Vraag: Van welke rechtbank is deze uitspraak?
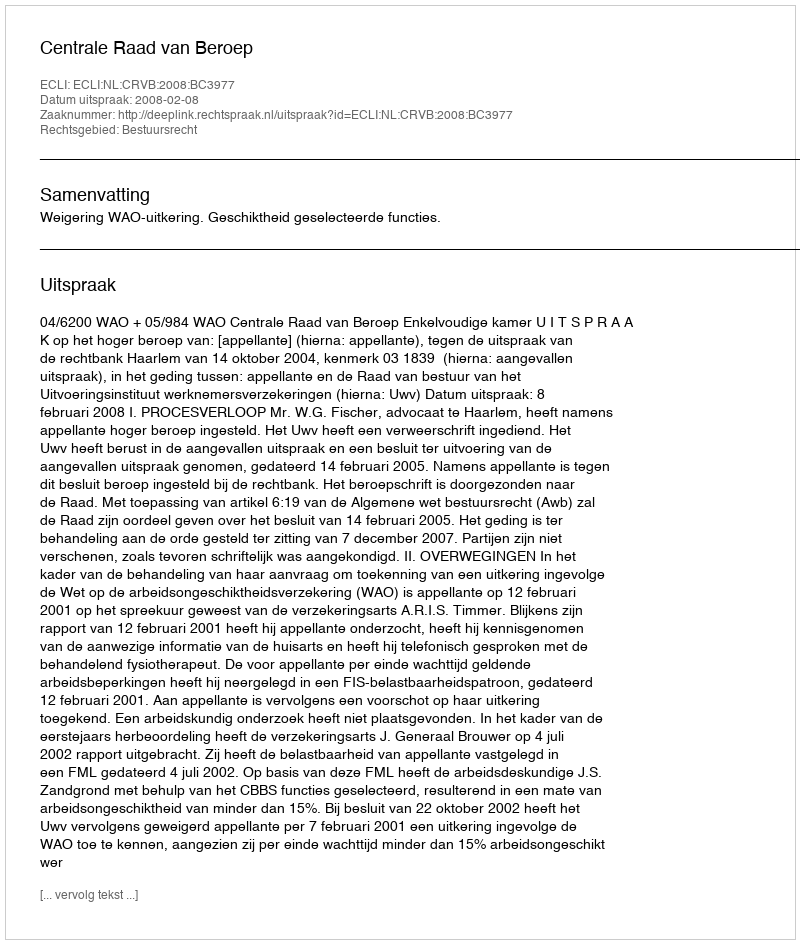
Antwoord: Centrale Raad van Beroep